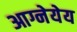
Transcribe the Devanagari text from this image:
आग्नेयेय